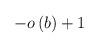
LaTeX: \begin{align*}-o\left( b\right) +1\end{align*}